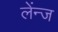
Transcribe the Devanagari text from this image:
लेंन्ज